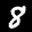
Label: 8